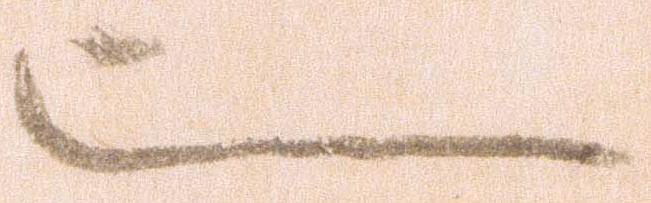
也